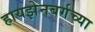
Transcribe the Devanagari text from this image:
हायझेनबर्गच्या